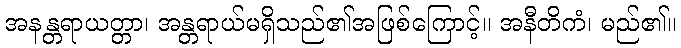
အနန္တရာယတ္တာ၊ အန္တရာယ်မရှိသည်၏အဖြစ်ကြောင့်။ အနီတိကံ၊ မည်၏။